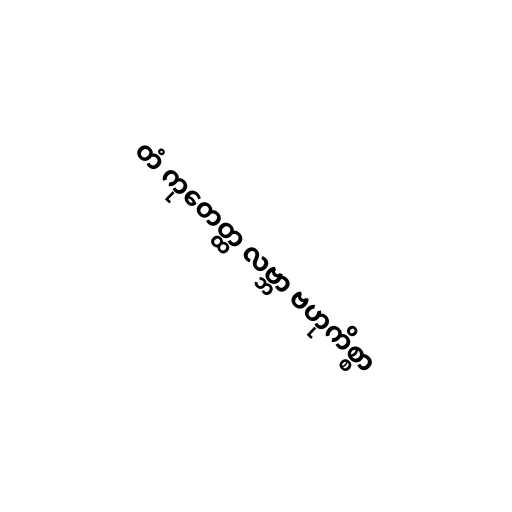
တံ ကုတေတ္ထ လဗ္ဘာ ဗဟုကိစ္စာ